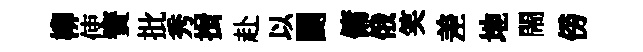
柳使簀批秀揖赴以闢傭俄笑差地閙傍